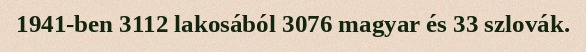
1941-ben 3112 lakosából 3076 magyar és 33 szlovák.